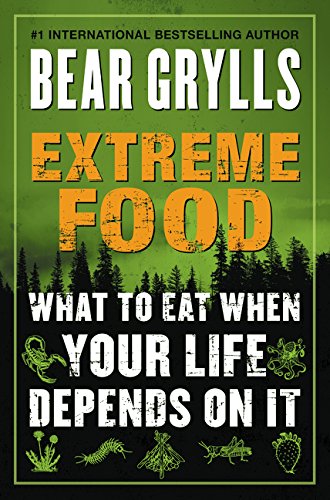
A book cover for Extreme Food: What to Eat When Your Life Depends on It; Bear Grylls; Reference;